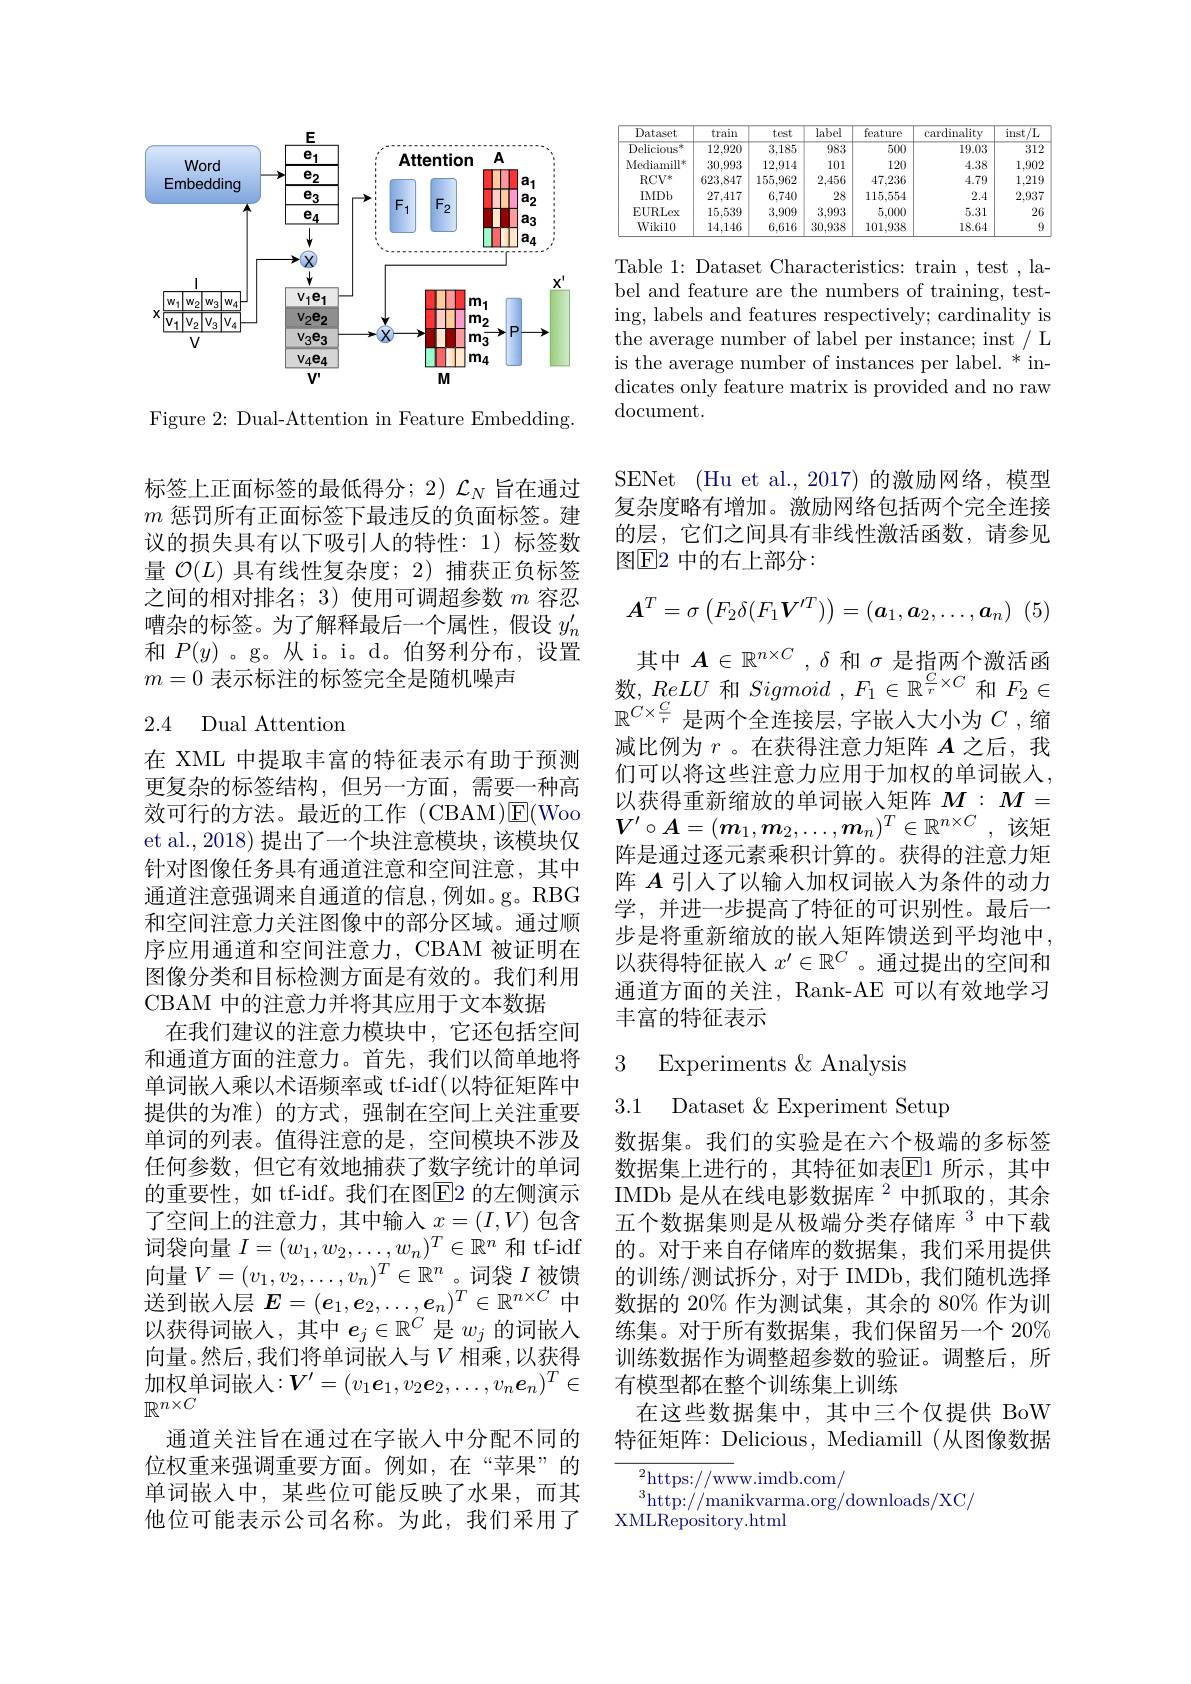
<FigureHere>

Figure 2: Dual-Attention in Feature Embedding.

标签上正面标签的最低得分；2)$\mathcal{L}_N$旨在通过$m$惩罚所有正面标签下最违反的负面标签。建议的损失具有以下吸引人的特性：1)标签数量$\mathcal{O}(L)$具有线性复杂度；2)捕获正负标签之间的相对排名；3)使用可调超参数$m$容忍嘈杂的标签。为了解释最后一个属性，假设$y_n^{\prime}$ 和$P(y)$ 。g。从 i。i。d。伯努利分布，设置$m=0$表示标注的标签完全是随机噪声

## 2.4 Dual Attention

在 XML 中提取丰富的特征表示有助于预测更复杂的标签结构，但另一方面，需要一种高效可行的方法。最近的工作(CBAM)E(Woo et al., 2018) 提出了一个块注意模块，该模块仅针对图像任务具有通道注意和空间注意，其中通道注意强调来自通道的信息，例如。g。RBG 和空间注意力关注图像中的部分区域。通过顺序应用通道和空间注意力，CBAM 被证明在图像分类和目标检测方面是有效的。我们利用CBAM 中的注意力并将其应用于文本数据
在我们建议的注意力模块中，它还包括空间和通道方面的注意力。首先，我们以简单地将单词嵌入乘以术语频率或 tf-idf(以特征矩阵中提供的为准)的方式，强制在空间上关注重要单词的列表。值得注意的是，空间模块不涉及任何参数，但它有效地捕获了数字统计的单词的重要性，如 tf-idf。我们在图$\overline{\mathrm{E}}$2 的左侧演示了空间上的注意力，其中输入$x=(I,V)$ 包含词袋向量$I=(w_1,w_2,\ldots,w_n)^T\in\mathbb{R}^n$和 tf-idf 向量$V=(v_1,v_2,\ldots,v_n)^T\in\mathbb{R}^n$。词袋 $I$ 被馈送到嵌入层$\boldsymbol E=(\boldsymbol{e}_1,\boldsymbol{e}_2,\ldots,\boldsymbol{e}_n)^T\in\mathbb{R}^{n\times C}$中以获得词嵌入，其中$e_j\in\mathbb{R}^C$是$w_j$的词嵌人向量。然后，我们将单词嵌入与$V$ 相乘，以获得加权单词嵌人$:\boldsymbol V^\prime=(v_1\boldsymbol{e}_1,v_2\boldsymbol{e}_2,\ldots,v_n\boldsymbol{e}_n)^T\in$ $\mathbb{R}^{n\times C}$
通道关注旨在通过在字嵌人中分配不同的位权重来强调重要方面。例如，在“苹果”的单词嵌入中，某些位可能反映了水果，而其他位可能表示公司名称。为此，我们采用了

<table>
	<tbody>
		<tr>
			<th>Dataset</th>
			<th>train</th>
			<th>test</th>
			<th>label</th>
			<th>$\overline{\text{feature}}$</th>
			<th>$\operatorname{cardinality}$</th>
			<th>$\overline{/\mathrm{L}}$ inst - r 1</th>
		</tr>
		<tr>
			<td>Delicious X</td>
			<td>$\overline{12,920}$</td>
			<td>3,185</td>
			<td>$\overline{983}$</td>
			<td>500</td>
			<td>19.03</td>
			<td>312</td>
		</tr>
		<tr>
			<td>$\mathrm{Mediamill}^{*}$</td>
			<td>30,993</td>
			<td>12.914</td>
			<td>101</td>
			<td>120</td>
			<td>4.38</td>
			<td>1,902</td>
		</tr>
		<tr>
			<td>$RCV^*$</td>
			<td>623,847</td>
			<td>155,962</td>
			<td>2,456</td>
			<td>47,236</td>
			<td>4.79</td>
			<td>1.219</td>
		</tr>
		<tr>
			<td>IMDb</td>
			<td>27,417</td>
			<td>6,740</td>
			<td>28</td>
			<td>115,554</td>
			<td>2.4</td>
			<td>2,937</td>
		</tr>
		<tr>
			<td>$\operatorname{EURLex}$</td>
			<td>15,539</td>
			<td>3,909</td>
			<td>3,993</td>
			<td>5,000</td>
			<td>5.31</td>
			<td>26</td>
		</tr>
		<tr>
			<td>Wikil0</td>
			<td>14.146</td>
			<td>6.616</td>
			<td>30,938</td>
			<td>101,938</td>
			<td>18.64</td>
			<td>$\textcircled{1}$</td>
		</tr>
	</tbody>
</table>

Table 1: Dataset Characteristics: train , test , label and feature are the numbers of training, testing, labels and features respectively; cardinality is the average number of label per instance; inst/ L is the average number of instances per label. * indicates only feature matrix is provided and no raw document.

SENet (Hu et al.,2017)的激励网络，模型复杂度略有增加。激励网络包括两个完全连接的层，它们之间具有非线性激活函数，请参见图$\mathbb{E}$2 中的右上部分：
$$\boldsymbol{A}^T=\sigma\begin{pmatrix}F_2\delta(F_1\boldsymbol{V}'T)\end{pmatrix}=(\boldsymbol{a}_1,\boldsymbol{a}_2,\ldots,\boldsymbol{a}_n)$$
其中$A\in\mathbb{R}^{n\times C}$ , $\delta$和$\sigma$是指两个激活函数，ReLU 和Sigmoid , $F_1\in \mathbb{R} ^{\frac Cr\times C}$和$F_2\in$ $\mathbb{R}^{C\times\frac Cr}$是两个全连接层，字嵌入大小为$C$ ,缩减比例为$r$ 。在获得注意力矩阵$A$之后，我们可以将这些注意力应用于加权的单词嵌入， 以获得重新缩放的单词嵌入矩阵$M:M=$ $V^{\prime }\circ \boldsymbol{A}= ( \boldsymbol{m}_1, \boldsymbol{m}_2, \ldots , \boldsymbol{m}_n) ^T\in \mathbb{R} ^{n\times C}$ ,该矩阵是通过逐元素乘积计算的。获得的注意力矩阵$A$引人了以输入加权词嵌入为条件的动力学，并进一步提高了特征的可识别性。最后一步是将重新缩放的嵌入矩阵馈送到平均池中， 以获得特征嵌入$x^\prime\in\mathbb{R}^C$ 。通过提出的空间和通道方面的关注，Rank-AE 可以有效地学习丰富的特征表示

3 Experiments $\&$ Analysis
3.1 Dataset &Experiment Setup

数据集。我们的实验是在六个极端的多标签数据集上进行的，其特征如表$\underline{\mathrm{E}}$1 所示，其中IMDb 是从在线电影数据库$^2$中抓取的，其余五个数据集则是从极端分类存储库$^{3}$中下载的。对于来自存储库的数据集，我们采用提供的训练/测试拆分，对于 IMDb, 我们随机选择数据的 20% 作为测试集，其余的 80% 作为训练集。对于所有数据集，我们保留另一个 20% 训练数据作为调整超参数的验证。调整后，所有模型都在整个训练集上训练
在这些数据集中，其中三个仅提供 BoW 特征矩阵：Delicious, Mediamill (从图像数据

${^{2}\mathrm{https://ww}}$w.imdb.com/
$^3$http://manikvarma.org/downloads/XC/
XMLRepository.html